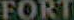
FORT